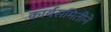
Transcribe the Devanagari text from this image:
कार्यसमितीने